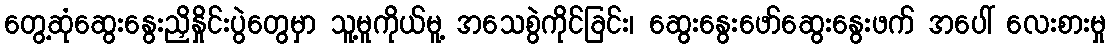
တွေ့ဆုံဆွေးနွေးညှိနှိုင်းပွဲတွေမှာ သူ့မူကိုယ်မူ့ အသေစွဲကိုင်ခြင်း၊ ဆွေးနွေးဖော်ဆွေးနွေးဖက် အပေါ် လေးစားမှု